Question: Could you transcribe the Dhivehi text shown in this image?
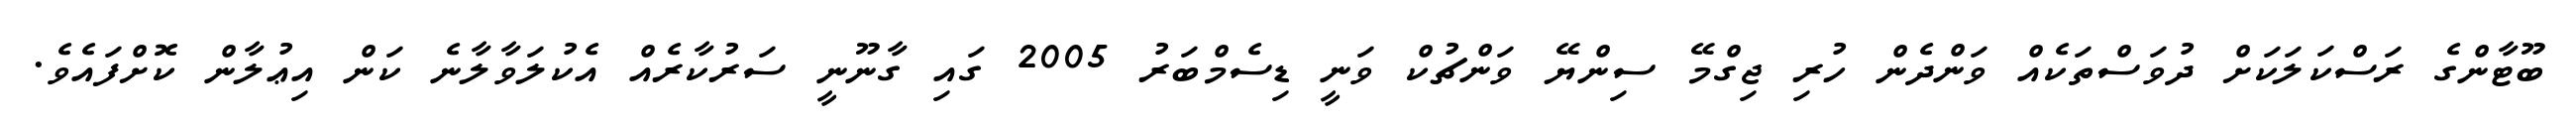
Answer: ބޫޓާންގެ ރަސްކަލަކަށް ދުވަސްތަކެއް ވަންދެން ހުރި ޖިގްމޭ ސިންޔޭ ވަންޗުކް ވަނީ ޑިސެމްބަރު 2005 ގައި ގާނޫނީ ސަރުކާރެއް އެކުލަވާލާނެ ކަން އިޢުލާން ކޮށްފައެވެ.